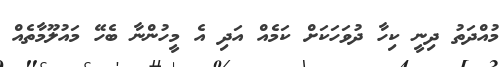
މުއްދަތު ދިނީ ކިހާ ދުވަހަކަށް ކަމެއް އަދި އެ މީހުންނާ ބެހޭ މައުލޫމާތެއް